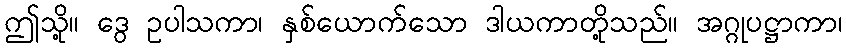
ဤသို့။ ဒွေ ဥပါသကာ၊ နှစ်ယောက်သော ဒါယကာတို့သည်။ အဂ္ဂုပဋ္ဌာကာ၊